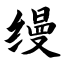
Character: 缦